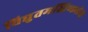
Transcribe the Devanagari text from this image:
विद्युतमस्तिष्कलेख